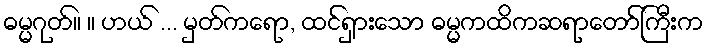
ဓမ္မဂုတ်။ ။ ဟယ် ... မှတ်ကရော, ထင်ရှားသော ဓမ္မကထိကဆရာတော်ကြီးက